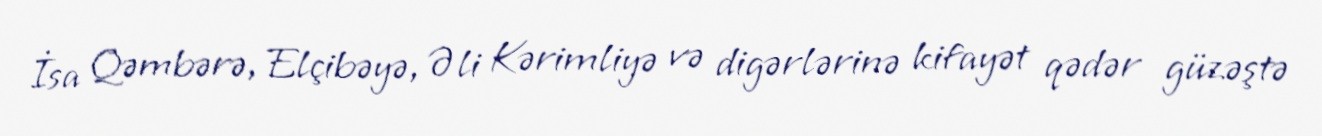
İsa Qəmbərə, Elçibəyə, Əli Kərimliyə və digərlərinə kifayət qədər güzəştə